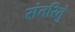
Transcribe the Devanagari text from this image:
संतरितुं